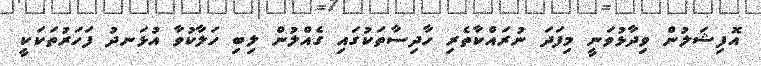
އޮފިޝަލުން ވިދާޅުވަނީ މިފަދަ ނުރައްކާތެރި ހާދިސާތަކުގައި ގެއްލުން ލިބި ހަލާކުވާ އުޅަނދު ފަހަރުތަކަކީ